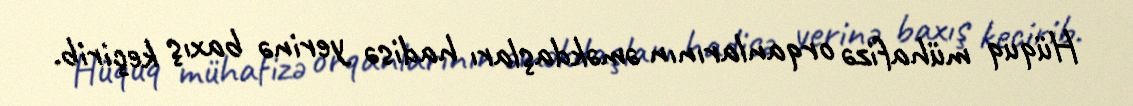
Hüquq mühafizə orqanlarının əməkdaşları hadisə yerinə baxış keçirib.